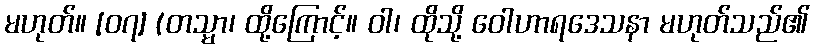
မဟုတ်။ [၀၇] (တသ္မာ၊ ထို့ကြောင့်။ ဝါ၊ ထိုသို့ ဝေါဟာရဒေသနာ မဟုတ်သည်၏